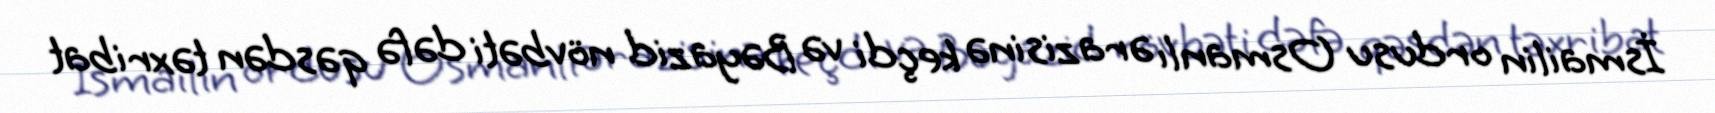
İsmailin ordusu Osmanlı ərazisinə keçdi və Bəyazid növbəti dəfə qəsdən təxribat